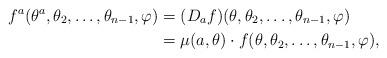
LaTeX: \begin{align*}f^a(\theta^a,\theta_2,\dots,\theta_{n-1},\varphi)&=(D_af)(\theta,\theta_2,\dots,\theta_{n-1},\varphi)\\&=\mu(a,\theta)\cdot f(\theta,\theta_2,\dots,\theta_{n-1},\varphi),\end{align*}